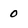
Character: 0